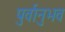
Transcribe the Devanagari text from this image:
पुर्वानुभव